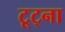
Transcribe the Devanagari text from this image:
टूट्ना